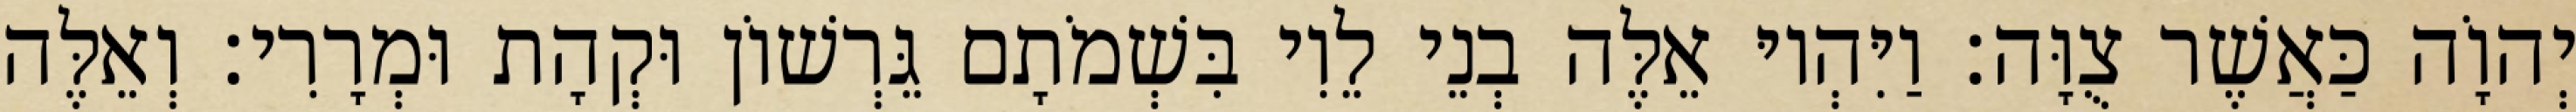
יְהוָֹה כַּאֲשֶׁר צֻוָּה׃ וַיִּהְיוּ אֵלֶּה בְנֵי לֵוִי בִּשְׁמֹתָם גֵּרְשׁוֹן וּקְהָת וּמְרָרִי׃ וְאֵלֶּה